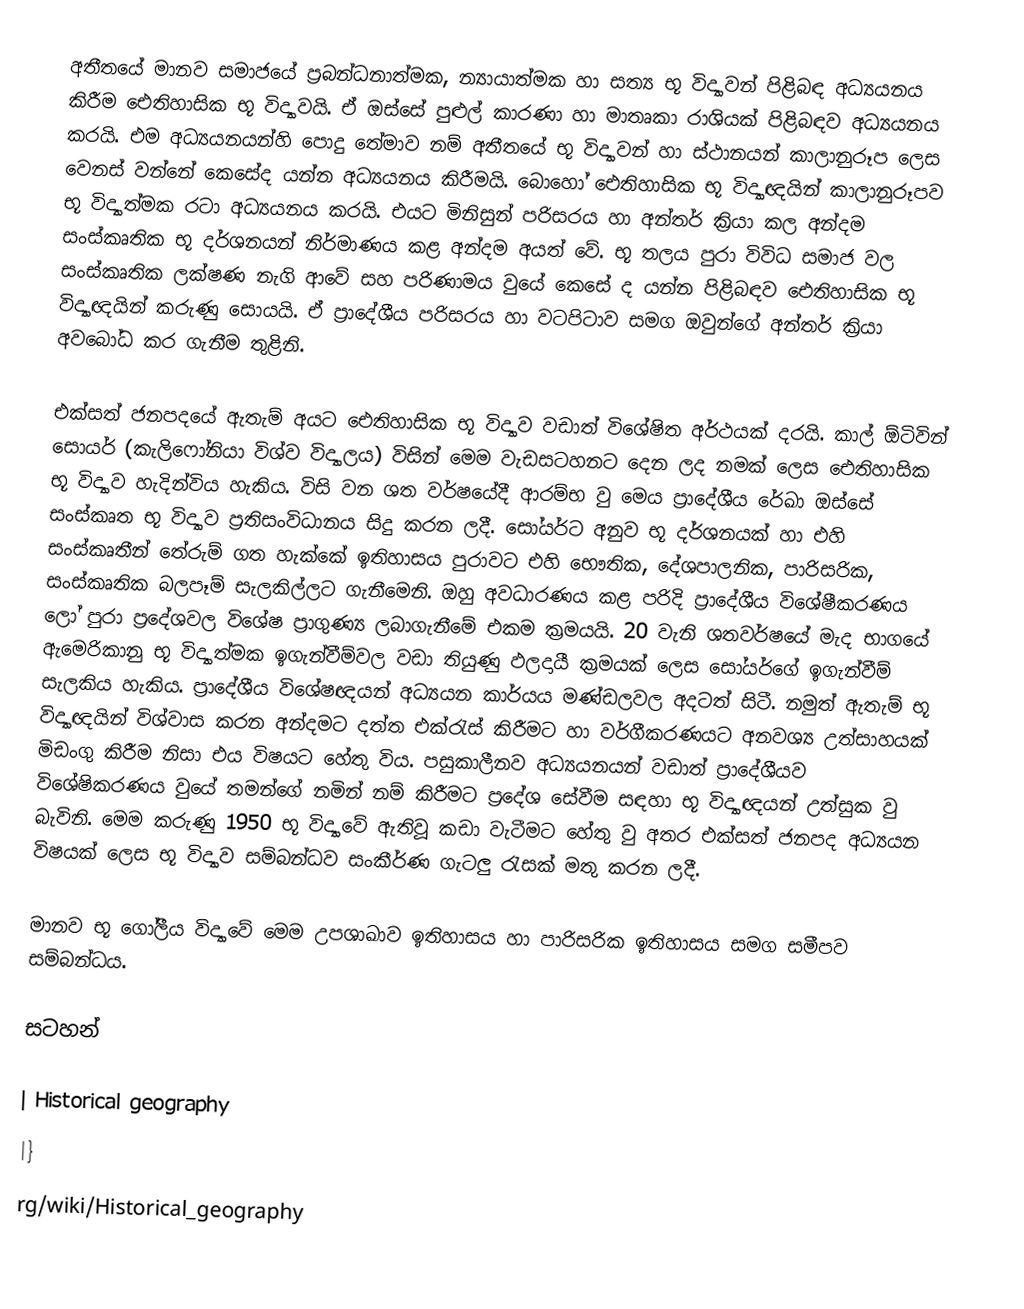
අතීතයේ මානව සමාජයේ ප්‍රබන්ධනාත්මක, න්‍යායාත්මක හා සත්‍ය භූ විද්‍යාවන් පිළිබඳ අධ්‍යයනය කිරීම ඓතිහාසික භූ විද්‍යාවයි. ඒ ඔස්සේ පුළුල් කාරණා හා මාතෘකා රාශියක් පිළිබඳව අධ්‍යයනය කරයි. එම අධ්‍යයනයන්හි පොදු තේමාව නම් අතීතයේ භූ විද්‍යාවන් හා ස්ථානයන් කාලානුරූප ලෙස වෙනස් වන්නේ කෙසේද යන්න අධ්‍යයනය කිරීමයි. බොහෝ ඓතිහාසික භූ විද්‍යාඥයින් කාලානුරූපව භූ විද්‍යාත්මක රටා අධ්‍යයනය කරයි. එයට මිනිසුන් පරිසරය හා අන්තර් ක්‍රියා කල අන්දම සංස්කෘතික භූ දර්ශනයන් නිර්මාණය කළ අන්දම අයත් වේ. භූ තලය පුරා විවිධ සමාජ වල සංස්කෘතික ලක්ෂණ නැගි ආවේ සහ පරිණාමය වුයේ කෙසේ ද යන්න පිළිබඳව ඓතිහාසික භූ විද්‍යාඥයින් කරුණු සොයයි. ඒ ප්‍රාදේශීය පරිසරය හා වටපිටාව සමග ඔවුන්ගේ අන්තර් ක්‍රියා අවබෝධ කර ගැනීම තුළිනි.

එක්සත් ජනපදයේ ඇතැම් අයට ඓතිහාසික භූ විද්‍යාව වඩාත් විශේෂිත අර්ථයක් දරයි. කාල් ඕටිවින් සොයර් (කැලිෆෝනියා විශ්ව විද්‍යාලය) විසින් මෙම වැඩසටහනට දෙන ලද නමක් ලෙස ඓතිහාසික භූ විද්‍යාව හැදින්විය හැකිය. විසි වන ශත වර්ෂයේදී ආරම්භ වු මෙය ප්‍රාදේශීය රේඛා ඔස්සේ සංස්කෘත භූ විද්‍යාව ප්‍රතිසංවිධානය සිදු කරන ලදී. සෝයර්ට අනුව භූ දර්ශනයක් හා එහි සංස්කෘතීන් තේරුම් ගත හැක්කේ ඉතිහාසය පුරාවට එහි භෞතික, දේශපාලනික, පාරිසරික, සංස්කෘතික බලපෑම් සැලකිල්ලට ගැනීමෙනි. ඔහු අවධාරණය කළ පරිදි ප්‍රාදේශීය විශේෂීකරණය ලෝ පුරා ප්‍රදේශවල විශේෂ ප්‍රාගුණ්‍ය ලබාගැනීමේ එකම ක්‍රමයයි. 20 වැනි ශතවර්ෂයේ මැද භාගයේ ඇමෙරිකානු භූ විද්‍යාත්මක ඉගැන්වීම්වල වඩා තියුණු ඵලදායී ක්‍රමයක් ලෙස සෝයර්ගේ ඉගැන්වීම් සැලකිය හැකිය. ප්‍රාදේශීය විශේෂඥයන් අධ්‍යයන කාර්යය මණ්ඩලවල අදටත් සිටී. නමුත් ඇතැම් භූ විද්‍යාඥයින් විශ්වාස කරන අන්දමට දත්ත එක්රැස් කිරීමට හා වර්ගීකරණයට අනවශ්‍ය උත්සාහයක් මිඩංගු කිරීම නිසා එය විෂයට හේතු විය. පසුකාලීනව අධ්‍යයනයන් වඩාත් ප්‍රාදේශීයව විශේෂිකරණය වුයේ තමන්ගේ නමින් නම් කිරීමට ප්‍රදේශ සේවීම සඳහා භූ විද්‍යාඥයන් උත්සුක වු බැවිනි. මෙම කරුණු 1950 භූ විද්‍යාවේ ඇතිවූ කඩා වැටීමට හේතු වු අතර එක්සත් ජනපද අධ්‍යයන විෂයක් ලෙස භූ විද්‍යාව සම්බන්ධව සංකීර්ණ ගැටලු රැසක් මතු කරන ලදී.

මානව භූ ගෝලීය විද්‍යාවේ මෙම උපශාඛාව ඉතිහාසය හා පාරිසරික ඉතිහාසය සමග සමීපව සම්බන්ධය.

සටහන්

| Historical geography
|}
rg/wiki/Historical_geography